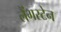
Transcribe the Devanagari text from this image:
लैंगस्टेन